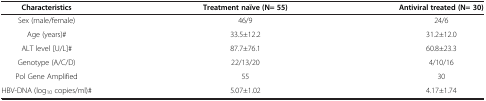
<table><thead><tr><td><b>Characteristics</b></td><td><b>Treatment naïve (N= 55)</b></td><td><b>Antiviral treated (N= 30)</b></td></tr></thead><tbody><tr><td>Sex (male/female)</td><td>46/9</td><td>24/6</td></tr><tr><td>Age (years)#</td><td>33.5±12.2</td><td>31.2±12.0</td></tr><tr><td>ALT level [U/L]#</td><td>87.7±76.1</td><td>60.8±23.3</td></tr><tr><td>Genotype (A/C/D)</td><td>22/13/20</td><td>4/10/16</td></tr><tr><td>Pol Gene Amplified</td><td>55</td><td>30</td></tr><tr><td>HBV-DNA (log<sub>10</sub> copies/ml)#</td><td>5.07±1.02</td><td>4.17±1.74</td></tr></tbody></table>